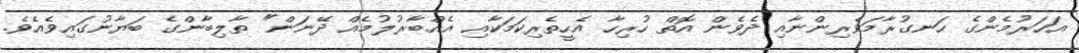
އަހަރުމެންގެ ހަނގުރާމަވެރިންނާއި ދެވެން އޮތް ހުރިހާ އެހީތެރިކަމަކާއި އެއްބާރުލުމެއް ދޭނަން" ތާލިބާންގެ ބަޔާނުގައިވެއެވެ.